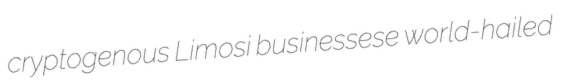
cryptogenous Limosi businessese world-hailed